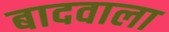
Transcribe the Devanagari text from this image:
बादवाला